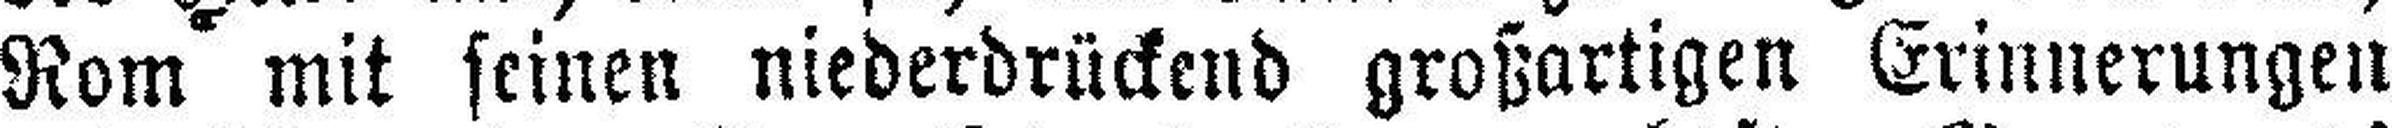
Rom mit seinen niederdrückend großartigen Erinnerungen